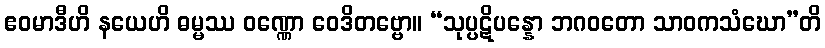
ဧဝမာဒီဟိ နယေဟိ ဓမ္မဿ ဝဏ္ဏော ဝေဒိတဗ္ဗော။ “သုပ္ပဋိပန္နော ဘဂဝတော သာဝကသံဃော”တိ